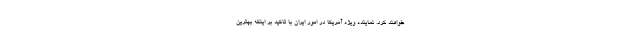
خواهند کرد. نماینده ویژه آمریکا در امور ایران با تاکید بر اینکه بهترین